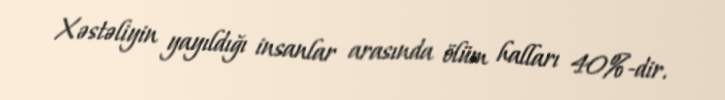
Xəstəliyin yayıldığı insanlar arasında ölüm halları 40%-dir.